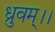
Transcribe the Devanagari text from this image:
ध्रुवम्।।